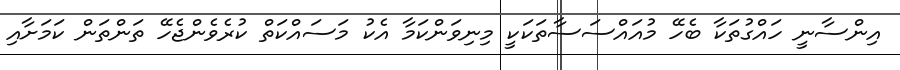
އިންސާނީ ހައްގުތަކާ ބެހޭ މުއައްސަސާތަކަކީ މިނިވަންކަމާ އެކު މަސައްކަތް ކުރެވެންޖެހޭ ތަންތަން ކަމަށާއި